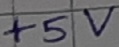
Text: +5V